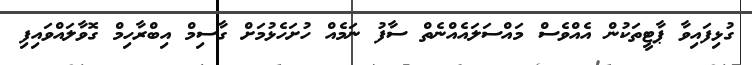
ގުޅިފައިވާ ޕާޓީތަކުން އެއްވެސް މައްސަލައެއްނެތް ސާފު ނަމެއް ހުށަހެޅުމަށް ގާސިމް އިބްރާހިމް ގޮވާލައްވައިފި